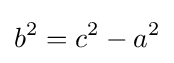
b^{2}=c^{2}-a^{2}